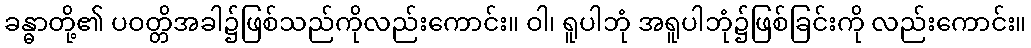
ခန္ဓာတို့၏ ပဝတ္တိအခါ၌ဖြစ်သည်ကိုလည်းကောင်း။ ဝါ၊ ရူပါဘုံ အရူပါဘုံ၌ဖြစ်ခြင်းကို လည်းကောင်း။